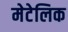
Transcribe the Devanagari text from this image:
मेटेलिक